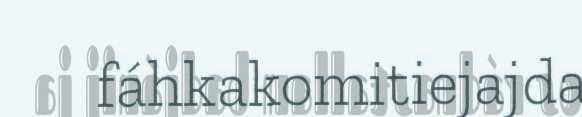
fáhkakomitiejajda